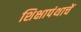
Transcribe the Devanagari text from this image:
शिक्षापंथाचें